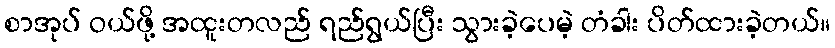
စာအုပ် ဝယ်ဖို့ အထူးတလည် ရည်ရွယ်ပြီး သွားခဲ့ပေမဲ့ တံခါး ပိတ်ထားခဲ့တယ်။